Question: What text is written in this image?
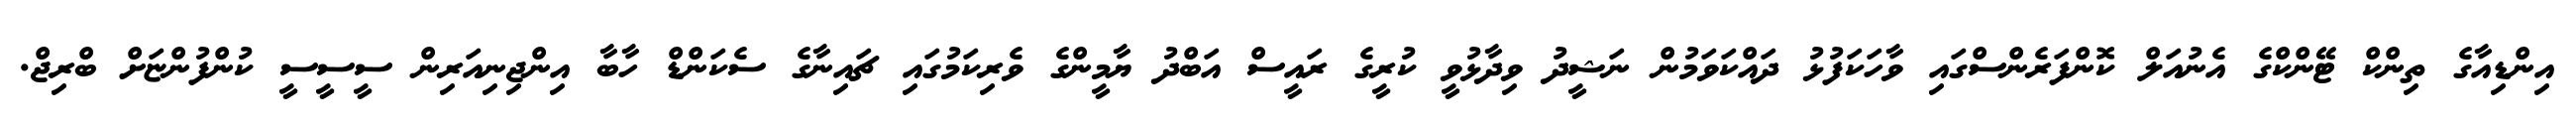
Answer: އިންޑިއާގެ ތިންކް ޓޭންކްގެ އެނުއަލް ކޮންފަރެންސްގައި ވާހަކަފުޅު ދައްކަވަމުން ނަޝީދު ވިދާޅުވީ ކުރީގެ ރައީސް އަބްދު ޔާމީންގެ ވެރިކަމުގައި ޗައިނާގެ ސެކަންޑް ހާބާ އިންޖިނިއަރިން ސީސީސީ ކުންފުންޏަށް ބްރިޖް.